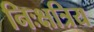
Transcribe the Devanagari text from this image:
निःक्षत्रिय